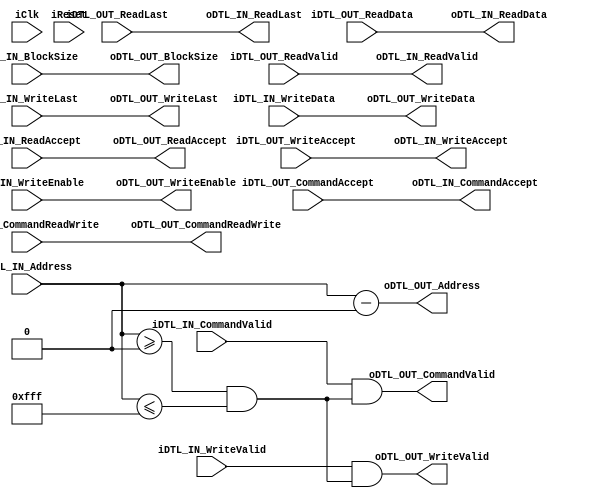
/********************************************************/
/*                      LICENSE:			*/
/*------------------------------------------------------*/
/* These files can be used for the Embedded Computer    */
/* Architecture course (5SIA0) at Eindhoven University  */
/* of technology. You are not allowed to distribute     */
/* these files to others.                               */
/* This header must be retained at all times		*/
/********************************************************/

module DTL_Address_Isolator
#
(
	parameter INTERFACE_WIDTH = 32,
	parameter INTERFACE_ADDR_WIDTH = 32,
	parameter INTERFACE_BLOCK_WIDTH = 5,

	parameter ADDRESS_RANGE_LOW = 0,
	parameter ADDRESS_RANGE_HIGH = 4095,
	
	parameter INTERFACE_NUM_ENABLES = INTERFACE_WIDTH/8
)
(
	input iClk,
	input iReset,
	
	//input (SLAVE) DTL port
	input  										iDTL_IN_CommandValid,
	output 										oDTL_IN_CommandAccept,
	input  [INTERFACE_ADDR_WIDTH-1:0]  	iDTL_IN_Address,
	input  										iDTL_IN_CommandReadWrite,
	input  [INTERFACE_BLOCK_WIDTH-1:0] 	iDTL_IN_BlockSize,

	output 										oDTL_IN_ReadValid,
	output 										oDTL_IN_ReadLast,	
	input  										iDTL_IN_ReadAccept,
	output [INTERFACE_WIDTH-1:0] 			oDTL_IN_ReadData,
	
	input  										iDTL_IN_WriteValid,		
	input  										iDTL_IN_WriteLast,
	output 										oDTL_IN_WriteAccept,	
	input  [INTERFACE_NUM_ENABLES-1:0] 	iDTL_IN_WriteEnable,	
	input  [INTERFACE_WIDTH-1:0] 			iDTL_IN_WriteData,
	
	//output (MASTER) DTL port
	input 										iDTL_OUT_CommandAccept,
	input 										iDTL_OUT_WriteAccept,
	input 										iDTL_OUT_ReadValid,
	input 										iDTL_OUT_ReadLast,
	input [INTERFACE_WIDTH-1:0] 			iDTL_OUT_ReadData,
		
	output 										oDTL_OUT_CommandValid,
	output 										oDTL_OUT_WriteValid,	
	output 										oDTL_OUT_CommandReadWrite,
	output [INTERFACE_NUM_ENABLES-1:0] 	oDTL_OUT_WriteEnable,	
	output [INTERFACE_ADDR_WIDTH-1:0] 	oDTL_OUT_Address,
	output [INTERFACE_WIDTH-1:0] 			oDTL_OUT_WriteData,
	
	output [INTERFACE_BLOCK_WIDTH-1:0] 	oDTL_OUT_BlockSize,
	output 										oDTL_OUT_WriteLast,
	output 										oDTL_OUT_ReadAccept	
);
	wire wInRange = (iDTL_IN_Address >= ADDRESS_RANGE_LOW) & (iDTL_IN_Address <= ADDRESS_RANGE_HIGH);

	assign oDTL_IN_CommandAccept = iDTL_OUT_CommandAccept;
	assign oDTL_IN_ReadValid = iDTL_OUT_ReadValid;
	assign oDTL_IN_ReadData = iDTL_OUT_ReadData;
	assign oDTL_IN_ReadLast = iDTL_OUT_ReadLast;
	assign oDTL_IN_WriteAccept = iDTL_OUT_WriteAccept;
	
	assign oDTL_OUT_CommandValid = iDTL_IN_CommandValid & wInRange;
	assign oDTL_OUT_WriteValid = iDTL_IN_WriteValid & wInRange;
	assign oDTL_OUT_CommandReadWrite = iDTL_IN_CommandReadWrite;
	assign oDTL_OUT_WriteEnable = iDTL_IN_WriteEnable;
	assign oDTL_OUT_Address = iDTL_IN_Address-ADDRESS_RANGE_LOW;
	assign oDTL_OUT_WriteData = iDTL_IN_WriteData;
	
	assign oDTL_OUT_BlockSize = iDTL_IN_BlockSize;
	assign oDTL_OUT_WriteLast = iDTL_IN_WriteLast;
	assign oDTL_OUT_ReadAccept = iDTL_IN_ReadAccept;

endmodule